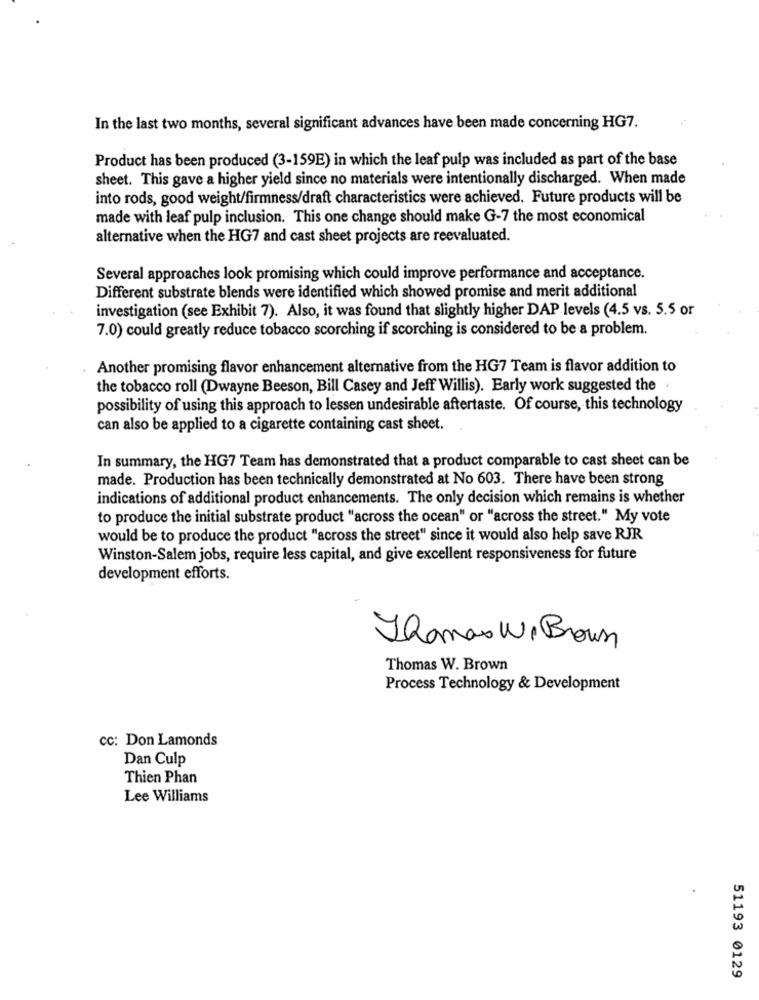
In the last two months, several significant advances have been made concerning HG7.
Product has been produced (3-159E) in which the leaf pulp was included as part of the base
sheet. This gave a higher yield since no materials were intentionally discharged. When made
into rods, good weight/firmness/draft characteristics were achieved. Future products will be
made with leaf pulp inclusion. This one change should make G-7 the most economical
alternative when the HG7 and cast sheet projects are reevaluated.
Several approaches look promising which could improve performance and acceptance.
Different substrate blends were identified which showed promise and merit additional
investigation (see Exhibit 7). Also, it was found that slightly higher DAP levels (4.5 vs. 5.5 or
7.0) could greatly reduce tobacco scorching if scorching is considered to be a problem.
Another promising flavor enhancement alternative from the HG7 Team is flavor addition to
the tobacco roll (Dwayne Beeson, Bill Casey and Jeff Willis). Early work suggested the
possibility of using this approach to lessen undesirable aftertaste. Of course, this technology
can also be applied to a cigarette containing cast sheet.
In summary, the HG7 Team has demonstrated that a product comparable to cast sheet can be
made. Production has been technically demonstrated at No 603. There have been strong
indications of additional product enhancements. The only decision which remains is whether
to produce the initial substrate product "across the ocean" or "across the street." My vote
would be to produce the product "across the street" since it would also help save RJR
Winston-Salem jobs, require less capital, and give excellent responsiveness for future
development efforts.
Jamas W. Brown
Thomas W. Brown
Process Technology & Development
CC: Don Lamonds
Dan Culp
Thien Phan
Lee Williams
51193 0129